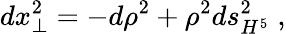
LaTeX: dx_{\perp}^{2}=-d\rho^{2}+\rho^{2}ds_{H^{5}}^{2}\; ,